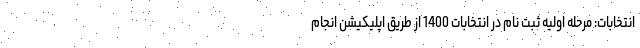
انتخابات: مرحله اولیه ثبت نام در انتخابات 1400 از طریق اپلیکیشن انجام